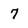
Character: 7